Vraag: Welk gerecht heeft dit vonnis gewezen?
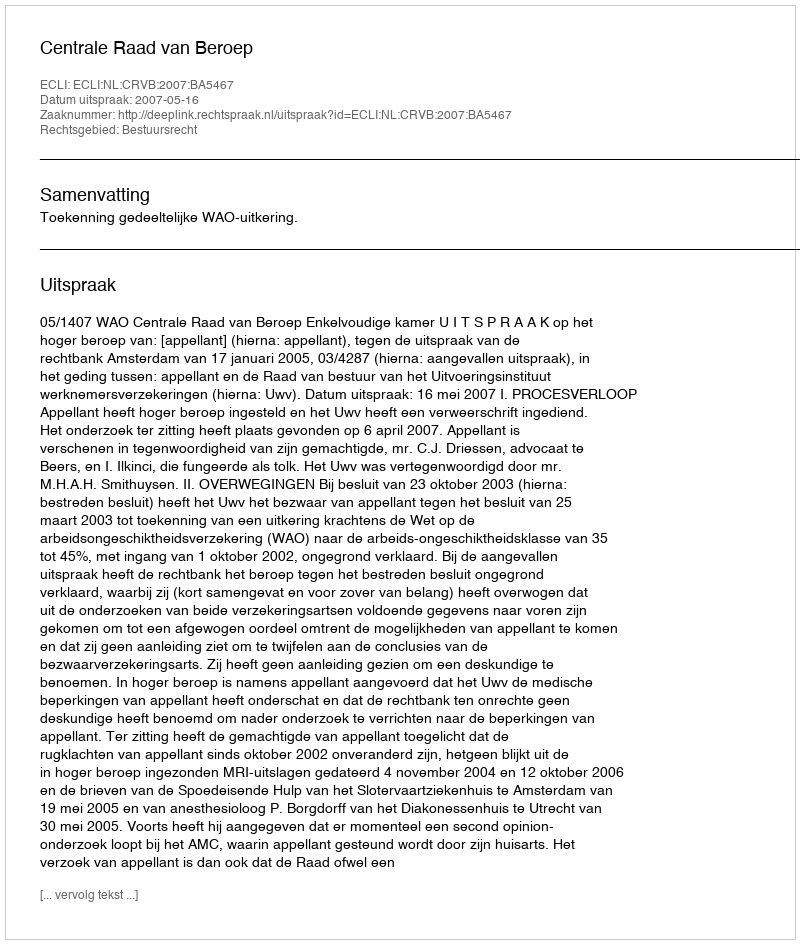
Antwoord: Centrale Raad van Beroep